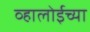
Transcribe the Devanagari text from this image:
व्हालोईच्या